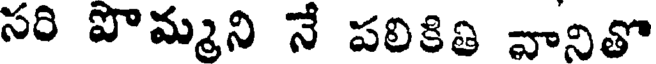
సరి పొమ్మని నే పలికితి వానితో